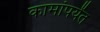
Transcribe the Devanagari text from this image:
कामांपर्यंत